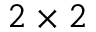
2 \times 2